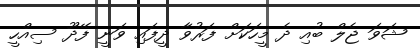
ޝަވަ ޖެލް ބުއި ދެ މީހަކަށް ފަރުވާ ދީފައި ވަނީ ފޭދޫ ސިއްހީ